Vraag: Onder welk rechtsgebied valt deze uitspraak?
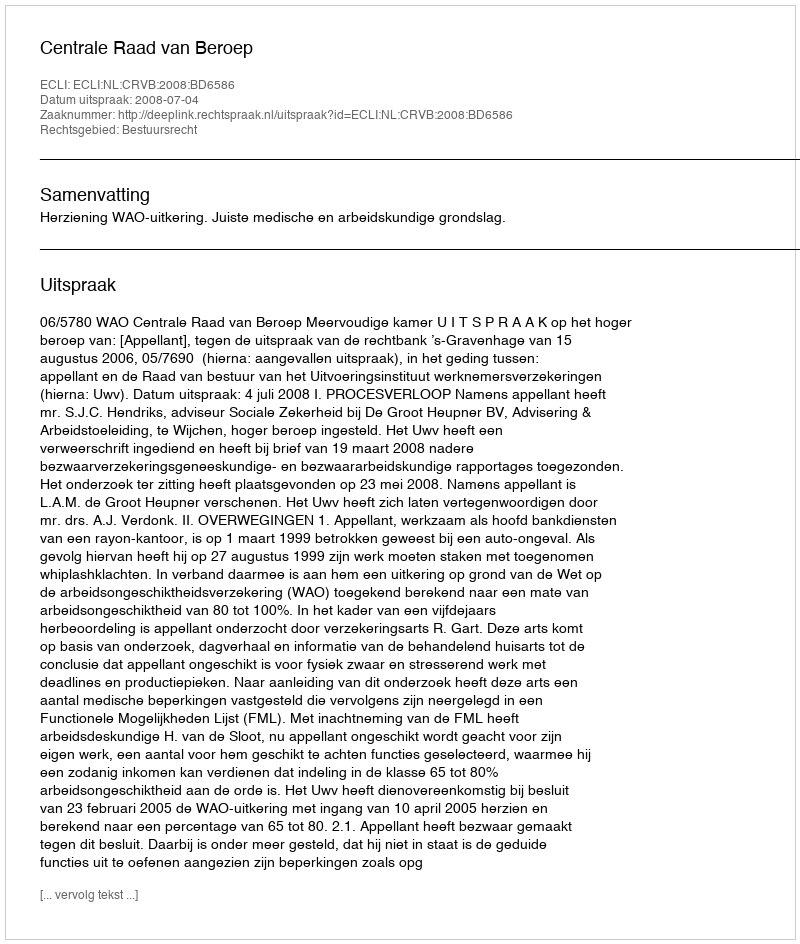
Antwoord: Bestuursrecht